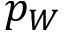
p _ { W }